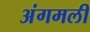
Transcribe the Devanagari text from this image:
अंगमली